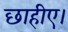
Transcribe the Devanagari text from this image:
छाहीए।